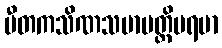
ပီတကသိဏသမာပတ္တိပရမာ